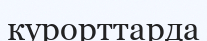
курорттарда